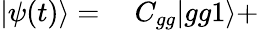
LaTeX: \begin{array}{rl}{|\psi(t)\rangle=}&{{}~C_{gg}|gg1\rangle+}\end{array}